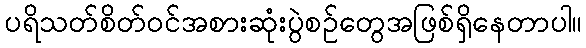
ပရိသတ်စိတ်ဝင်အစားဆုံးပွဲစဉ်တွေအဖြစ်ရှိနေတာပါ။